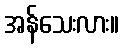
အန်သေးလား။